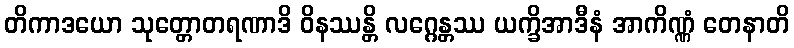
တိကာဒယော သုတ္တောတရဏာဒိ ဝိနဿန္တိ လဂ္ဂေန္တဿ ယက္ခိအာဒီနံ အာကိဏ္ဏံ တေနာတိ